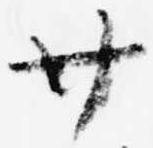
廿